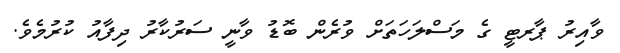
ވާއިރު ޕާރޓީ ގެ މަސްލަހަތަށް ވުރެން ބޮޑު ވާނީ ސަރުކާރު ދިފާއު ކުރުމެވެ.